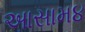
આસામ૪